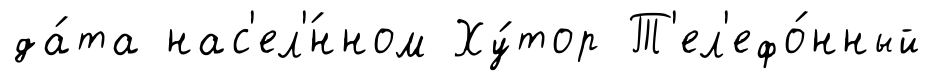
да́та нас'ел'́нном Ху́тор Т'ел'ефо́нный